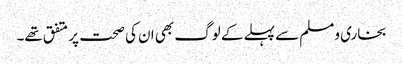
بخاری ومسلم سے پہلے کے لوگ بھی ان کی صحت پر متفق تھے۔